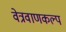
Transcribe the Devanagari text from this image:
वेत्रवाणकल्प